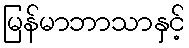
မြန်မာဘာသာနှင့်